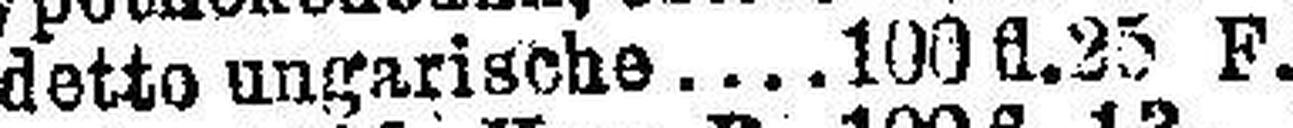
detto ungarische 100 fl. 25 F.